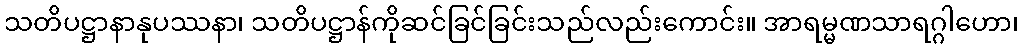
သတိပဋ္ဌာနာနုပဿနာ၊ သတိပဋ္ဌာန်ကိုဆင်ခြင်ခြင်းသည်လည်းကောင်း။ အာရမ္မဏသာရဂ္ဂါဟော၊